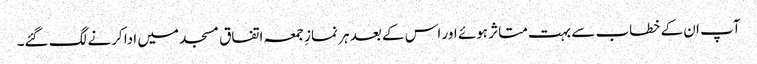
آپ ان کے خطاب سے بہت متاثر ہوئے اور اس کے بعد ہر نمازِ جمعہ اتفاق مسجد میں ادا کرنے لگ گئے۔